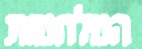
המלחמות